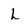
Character: L